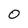
Character: 0